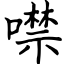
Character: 噤